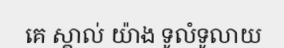
គេ ស្គាល់ យ៉ាង ទូលំទូលាយ